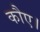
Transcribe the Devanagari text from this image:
कौए।